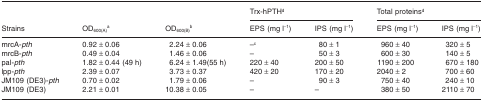
<table><thead><tr><td rowspan="3"><b>Strains</b></td><td rowspan="3"><b>OD<sub>600(A)</sub>a</b></td><td rowspan="3"><b>OD<sub>600(B)</sub>b</b></td><td colspan="2"><b>Trx-hPTHd</b></td><td colspan="2"><b>Total proteinsd</b></td></tr><tr><td><b>EPS (mg l<sup>−1</sup>)</b></td><td><b>IPS (mg l<sup>−1</sup>)</b></td><td><b>EPS (mg l<sup>−1</sup>)</b></td><td><b>IPS (mg l<sup>−1</sup>)</b></td></tr></thead><tbody><tr><td>mrcA-<i>pth</i></td><td>0.92 ± 0.06</td><td>2.24 ± 0.06</td><td>–c</td><td>80 ± 1</td><td>960 ± 40</td><td>320 ± 5</td></tr><tr><td>mrcB-<i>pth</i></td><td>0.49 ± 0.04</td><td>1.46 ± 0.06</td><td>–</td><td>50 ± 3</td><td>600 ± 30</td><td>140 ± 5</td></tr><tr><td>pal-<i>pth</i></td><td>1.82 ± 0.44 (49 h)</td><td>6.24 ± 1.49 (55 h)</td><td>220 ± 40</td><td>200 ± 50</td><td>1190 ± 200</td><td>670 ± 180</td></tr><tr><td>lpp-<i>pth</i></td><td>2.39 ± 0.07</td><td>3.73 ± 0.37</td><td>420 ± 20</td><td>170 ± 20</td><td>2040 ± 2</td><td>700 ± 60</td></tr><tr><td>JM109 (DE3)-<i>pth</i></td><td>0.70 ± 0.02</td><td>1.79 ± 0.06</td><td>–</td><td>90 ± 3</td><td>750 ± 40</td><td>240 ± 10</td></tr><tr><td>JM109 (DE3)</td><td>2.21 ± 0.01</td><td>10.38 ± 0.05</td><td>–</td><td>–</td><td>380 ± 50</td><td>2110 ± 70</td></tr></tbody></table>